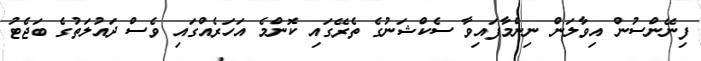
ފިނޭންސުން އިވާލަން ނިންމާފައިވާ ސެކްޝަނުގެ ތެރޭގައި ކޮންމެ އަހަރެއްގައި ވެސް ދައުލަތުގެ ބަޖެޓު